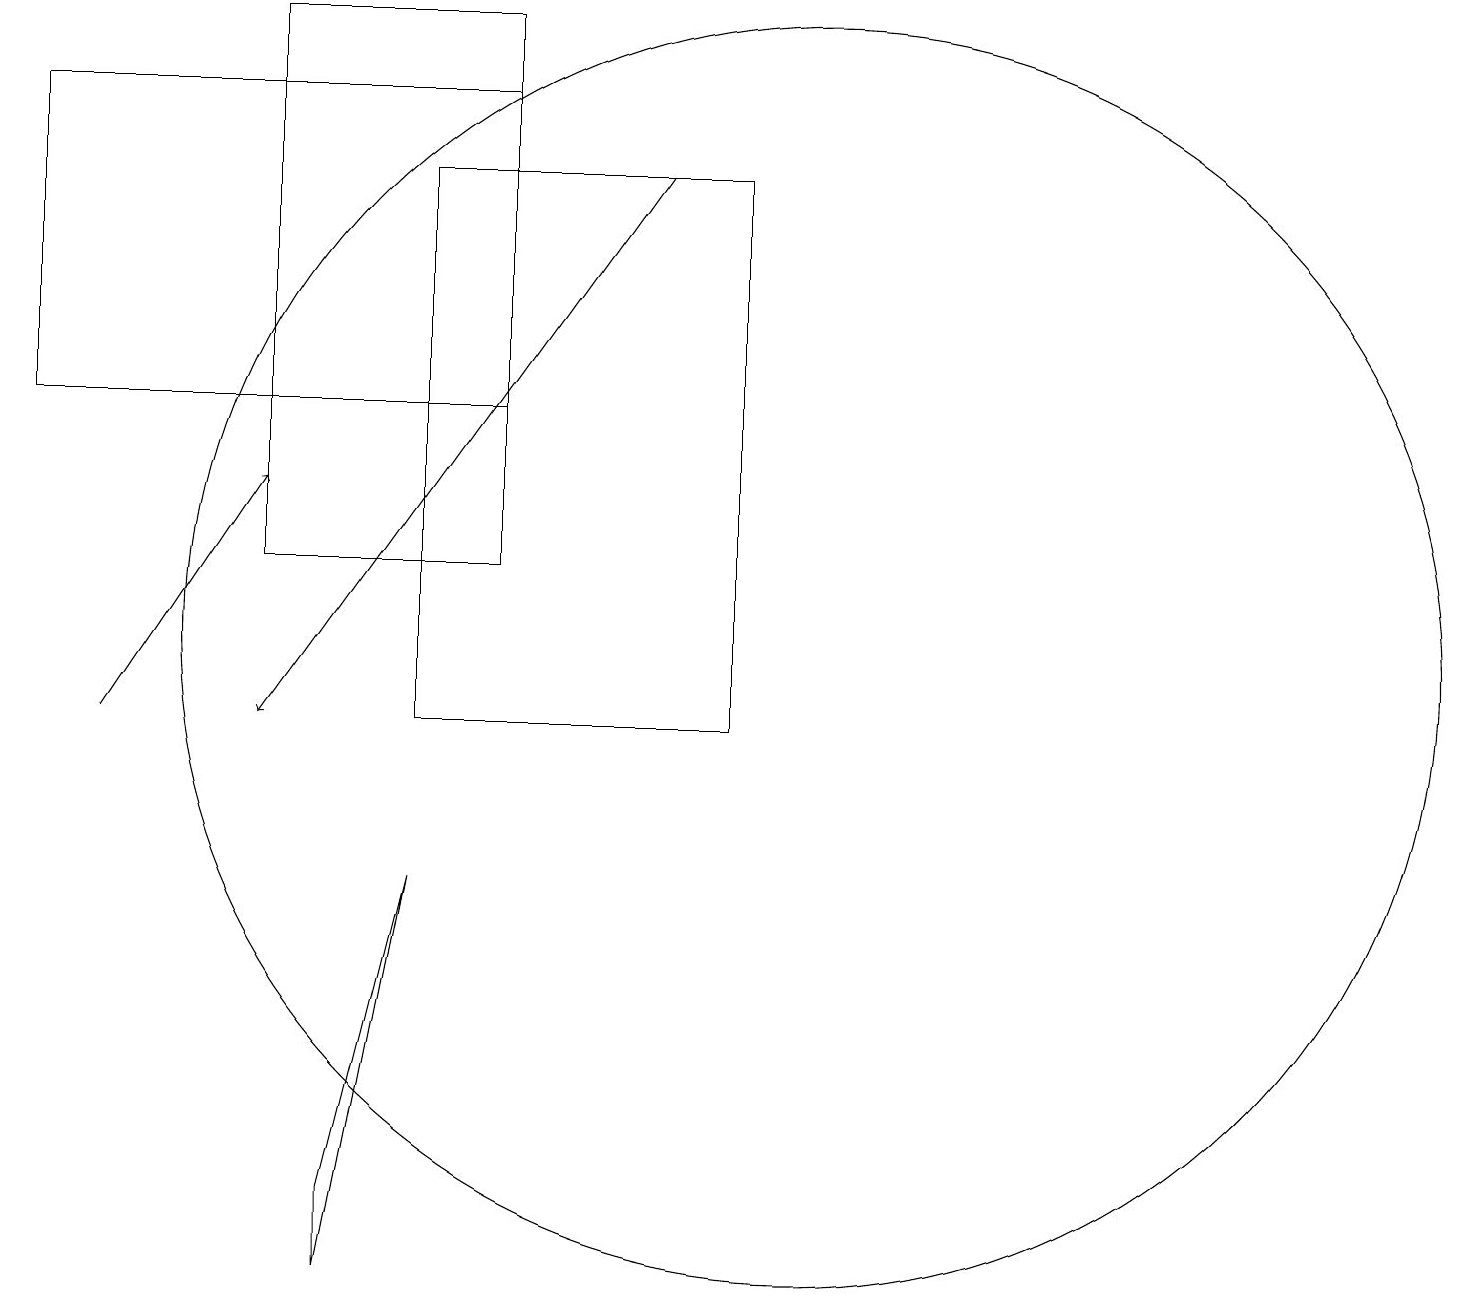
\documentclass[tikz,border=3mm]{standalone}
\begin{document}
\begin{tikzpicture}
\draw (10,11) circle (8);
\draw[->] (1,10) -- (3,13);
\draw (5,8) -- (4,4) -- (4,3) -- cycle;
\draw (0,14) rectangle (6,18);
\draw (3,19) rectangle (6,12);
\draw[->] (8,17) -- (3,10);
\draw (5,10) rectangle (9,17);
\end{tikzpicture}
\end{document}